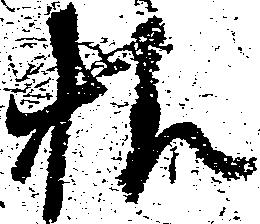
様